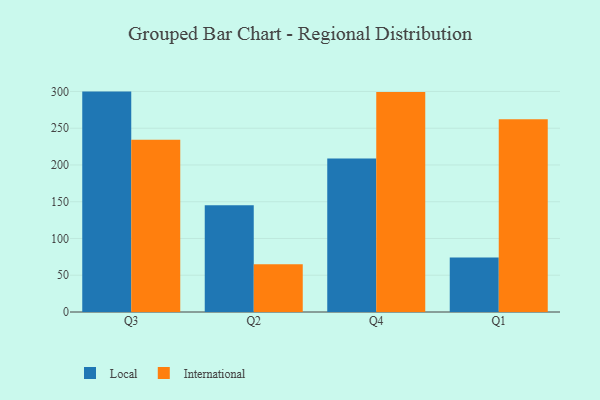
{"axis": {"x": "Quarter", "y": "Bounce Rate (%)"}, "legend": ["International", "Local"], "data": [{"x": "Q3", "y": 299.8, "type": "Local"}, {"x": "Q3", "y": 234.4, "type": "International"}, {"x": "Q2", "y": 145.1, "type": "Local"}, {"x": "Q2", "y": 64.8, "type": "International"}, {"x": "Q4", "y": 208.7, "type": "Local"}, {"x": "Q4", "y": 299.2, "type": "International"}, {"x": "Q1", "y": 74.2, "type": "Local"}, {"x": "Q1", "y": 262.1, "type": "International"}]}